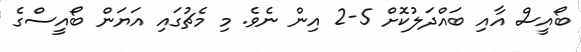
ބޯއީސް އާއި ބައްދަލުކޮށް 5-2 އިން ނެވެ. މި މެޗުގައި އަޔަން ބޯއީސްގެ